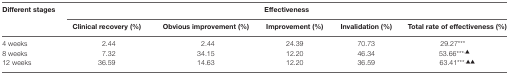
| <ROWSPAN=2> Different stages | <COLSPAN=5> Effectiveness |
 | Clinical recovery (%) | Obvious improvement (%) | Improvement (%) | Invalidation (%) | Total rate of effectiveness (%) |
 | --- | --- | --- | --- | --- | --- |
 | 4 weeks | 2.44 | 2.44 | 24.39 | 70.73 | 29.27*** |
 | 8 weeks | 7.32 | 34.15 | 12.20 | 46.34 | 53.66***,▲ |
 | 12 weeks | 36.59 | 14.63 | 12.20 | 36.59 | 63.41***,▲▲ |